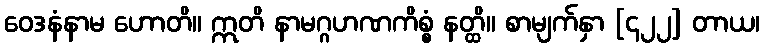
ဝေဒနံနာမ ဟောတိ။ ဣတိ နာမဂ္ဂဟဏကိစ္စံ နတ္ထိ။ စာမျက်နှာ [၄၂၂] တာယ၊